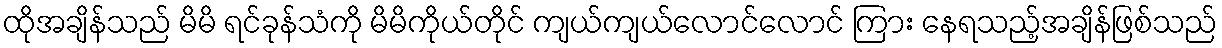
ထိုအချိန်သည် မိမိ ရင်ခုန်သံကို မိမိကိုယ်တိုင် ကျယ်ကျယ်လောင်လောင် ကြား နေရသည့်အချိန်ဖြစ်သည်